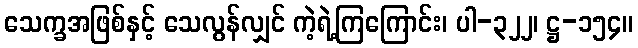
သေက္ခအဖြစ်နှင့် သေလွန်လျှင် ကဲ့ရဲ့ကြကြောင်း၊ ပါ-၃၂၂၊ ဋ္ဌ-၁၅၄။